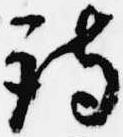
詩